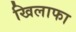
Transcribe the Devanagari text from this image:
खिलाफा